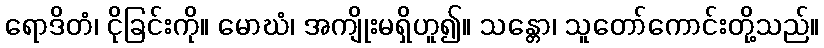
ရောဒိတံ၊ ငိုခြင်းကို။ မောဃံ၊ အကျိုးမရှိဟူ၍။ သန္တော၊ သူတော်ကောင်းတို့သည်။